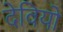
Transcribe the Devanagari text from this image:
देवियो